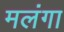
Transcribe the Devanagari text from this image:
मलंगा